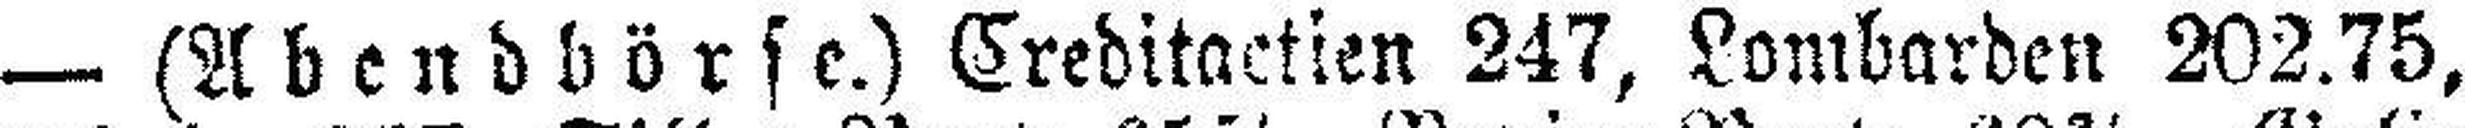
— (Abendbörse.) Creditactien 247, Lombarden 202.75,